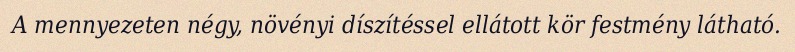
A mennyezeten négy, növényi díszítéssel ellátott kör festmény látható.